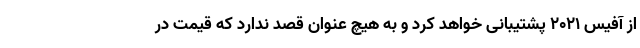
از آفیس 2021 پشتیبانی خواهد کرد و به هیچ عنوان قصد ندارد که قیمت در